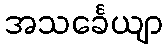
အသင်္ခေယျာ